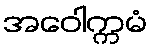
အဝေါက္ကမံ